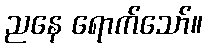
ညနေ ရောက်သော်။